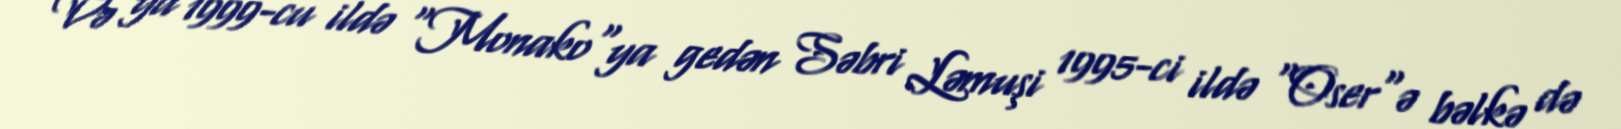
Və ya 1999-cu ildə "Monako"ya gedən Səbri Ləmuşi 1995-ci ildə "Oser"ə bəlkə də